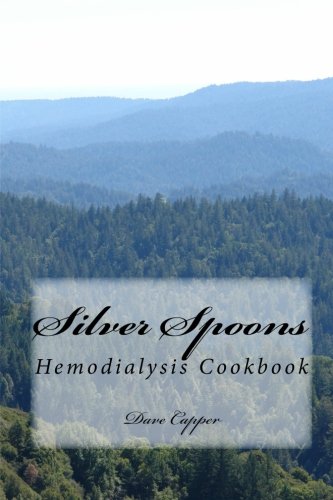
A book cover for Silver Spoons: Hemodialysis Cookbook; Dave Capper; Cookbooks, Food & Wine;